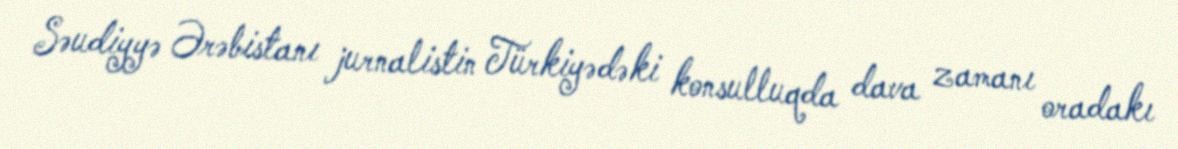
Səudiyyə Ərəbistanı jurnalistin Türkiyədəki konsulluqda dava zamanı oradakı